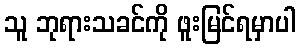
သူ ဘုရားသခင်ကို ဖူးမြင်ရမှာပါ